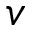
v